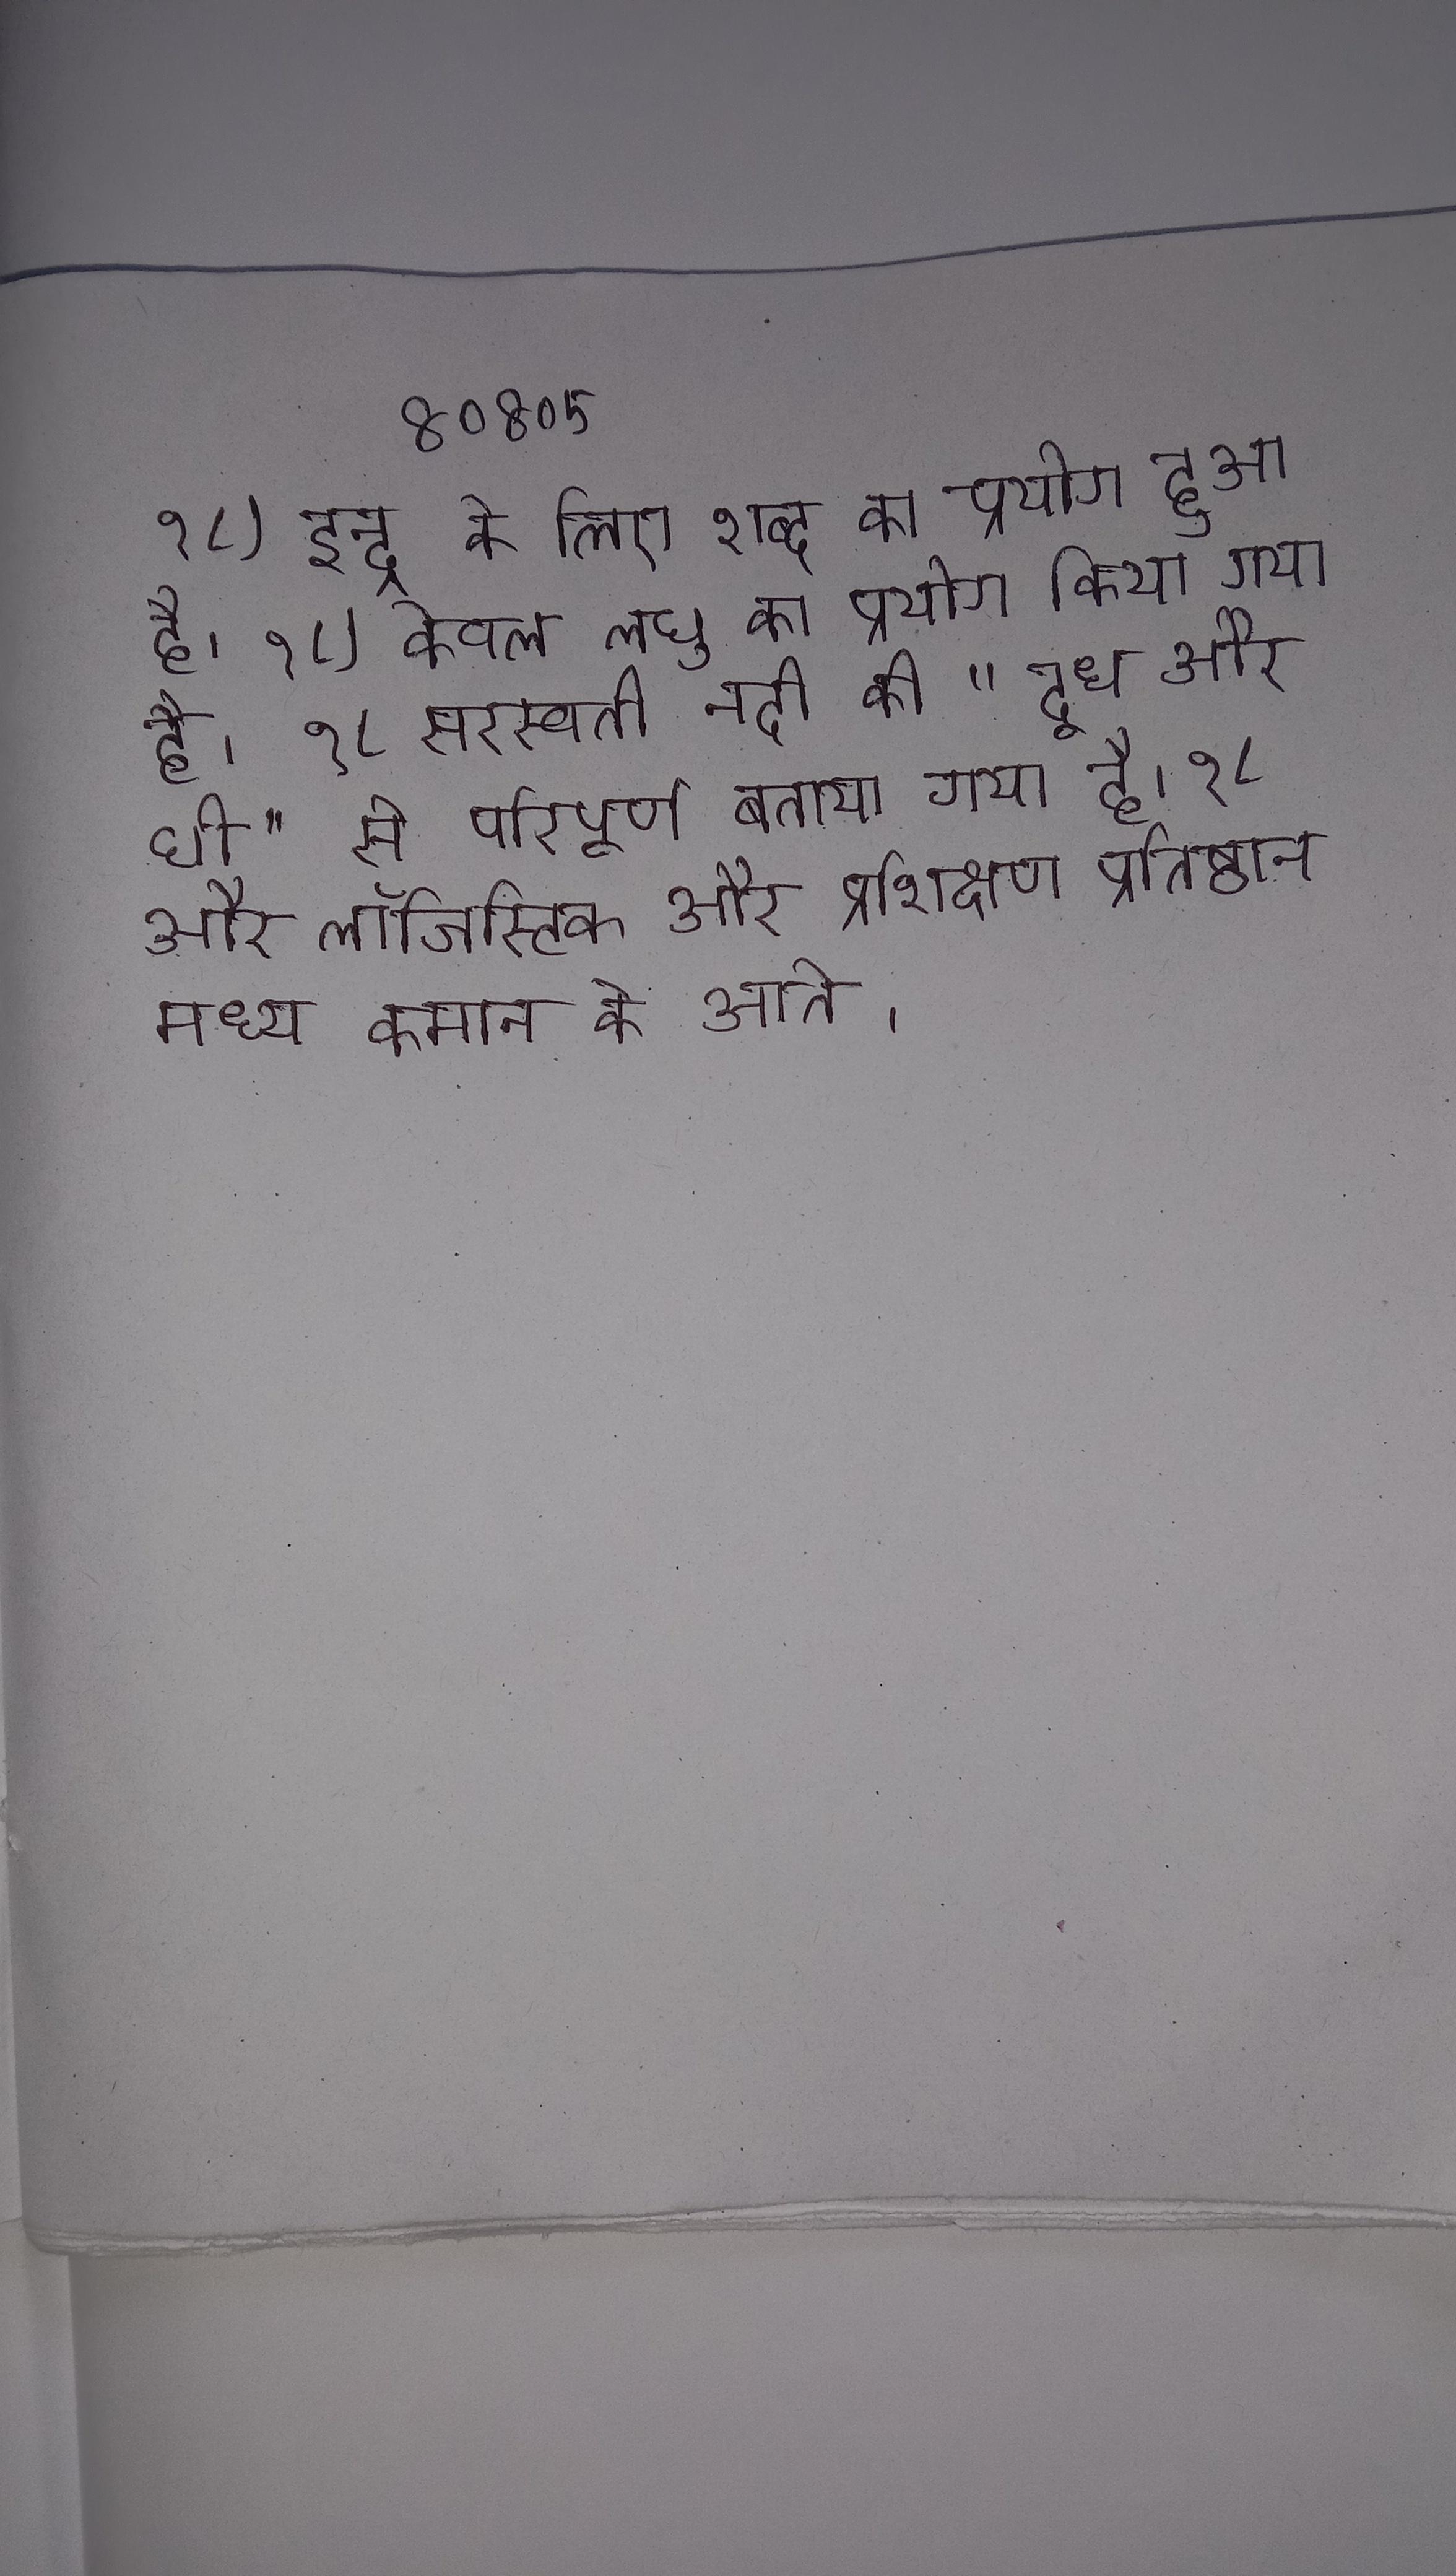
१८) इन्द्र के लिए शब्द का प्रयोग हुआ है । १८) केवल लघु का प्रयोग किया गया है । १८ सरस्वती नदी को "दूध और घी" से परिपूर्ण बताया गया है । १८ और लॉजिस्टिक और प्रशिक्षण प्रतिष्ठान मध्य कमान के आते ।